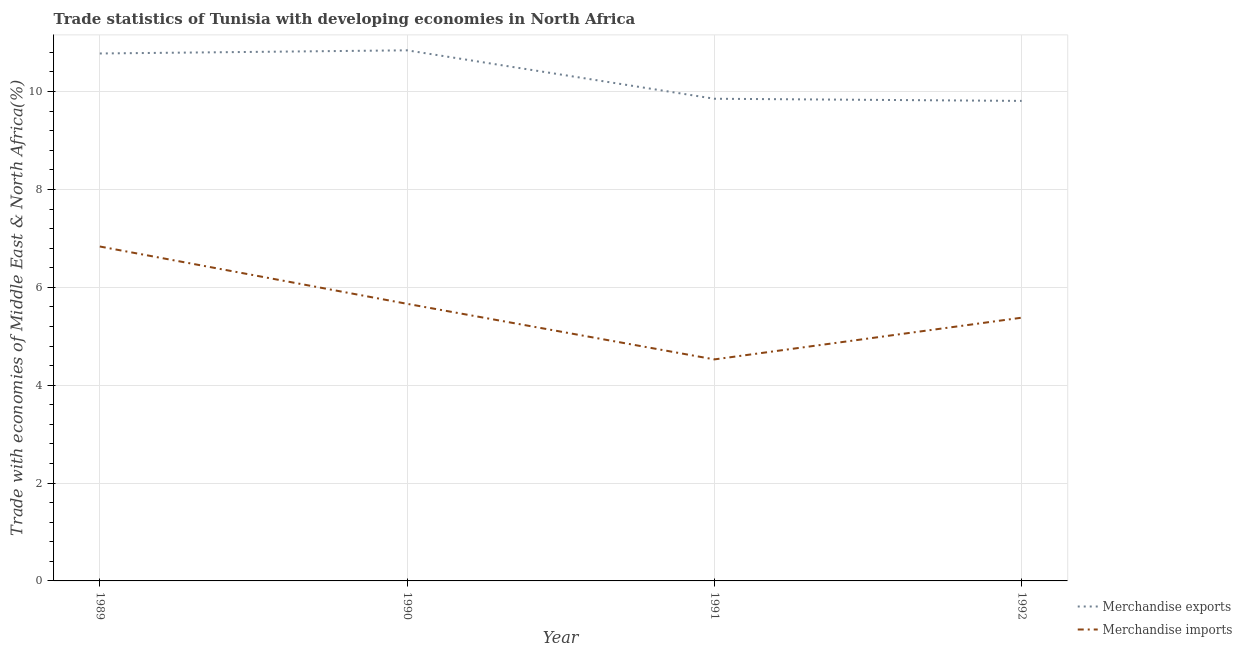
| Year | Merchandise exports | Merchandise imports |
 | --- | --- | --- |
 | 1989 | 10.8 | 6.83 |
 | 1990 | 10.8 | 5.66 |
 | 1991 | 9.85 | 4.53 |
 | 1992 | 9.81 | 5.38 |